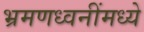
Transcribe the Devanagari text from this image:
भ्रमणध्वनींमध्ये